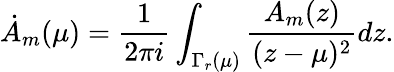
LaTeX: \dot{A}_{m}(\mu)={\frac{1}{2\pi i}}\int_{\Gamma_{r}(\mu)}{\frac{A_{m}(z)}{(z-\mu)^{2}}}dz.